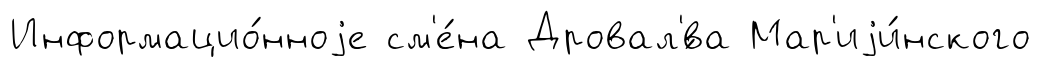
Информацио́нноjе см'е́на Дровал'́ва Мар'иjи́нского